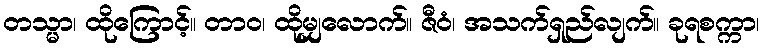
တသ္မာ၊ ထိုကြောင့်။ တာဝ၊ ထိုမျှလောက်။ ဇီဝံ၊ အသက်ရှည်လျက်။ ခုရစက္ကာ၊